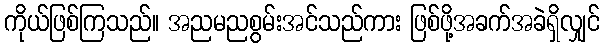
ကိုယ်ဖြစ်ကြသည်။ အညမညစွမ်းအင်သည်ကား ဖြစ်ဖို့အခက်အခဲရှိလျှင်